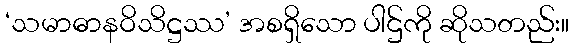
‘သမာဓာနဝိသိဋ္ဌဿ’ အစရှိသော ပါဌ်ကို ဆိုသတည်း။